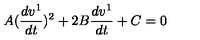
A ( \frac { d v ^ { 1 } } { d t } ) ^ { 2 } + 2 B \frac { d v ^ { 1 } } { d t } + C = 0